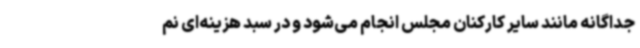
جداگانه مانند سایر کارکنان مجلس انجام می‌شود و در سبد هزینه‌ای نم